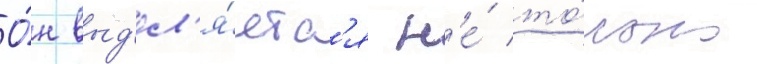
О́н выд'ел'я́етс'я н'е́ то́лько